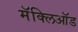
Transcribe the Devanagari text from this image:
मॅक्लिऑड